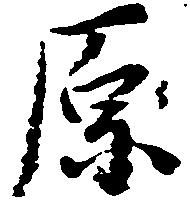
原